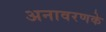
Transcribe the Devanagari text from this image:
अनावरणके